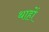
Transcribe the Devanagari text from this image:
थाहों